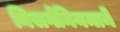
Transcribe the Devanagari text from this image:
निसर्गनियमाने